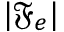
\lvert \mathfrak { F } _ { e } \rvert